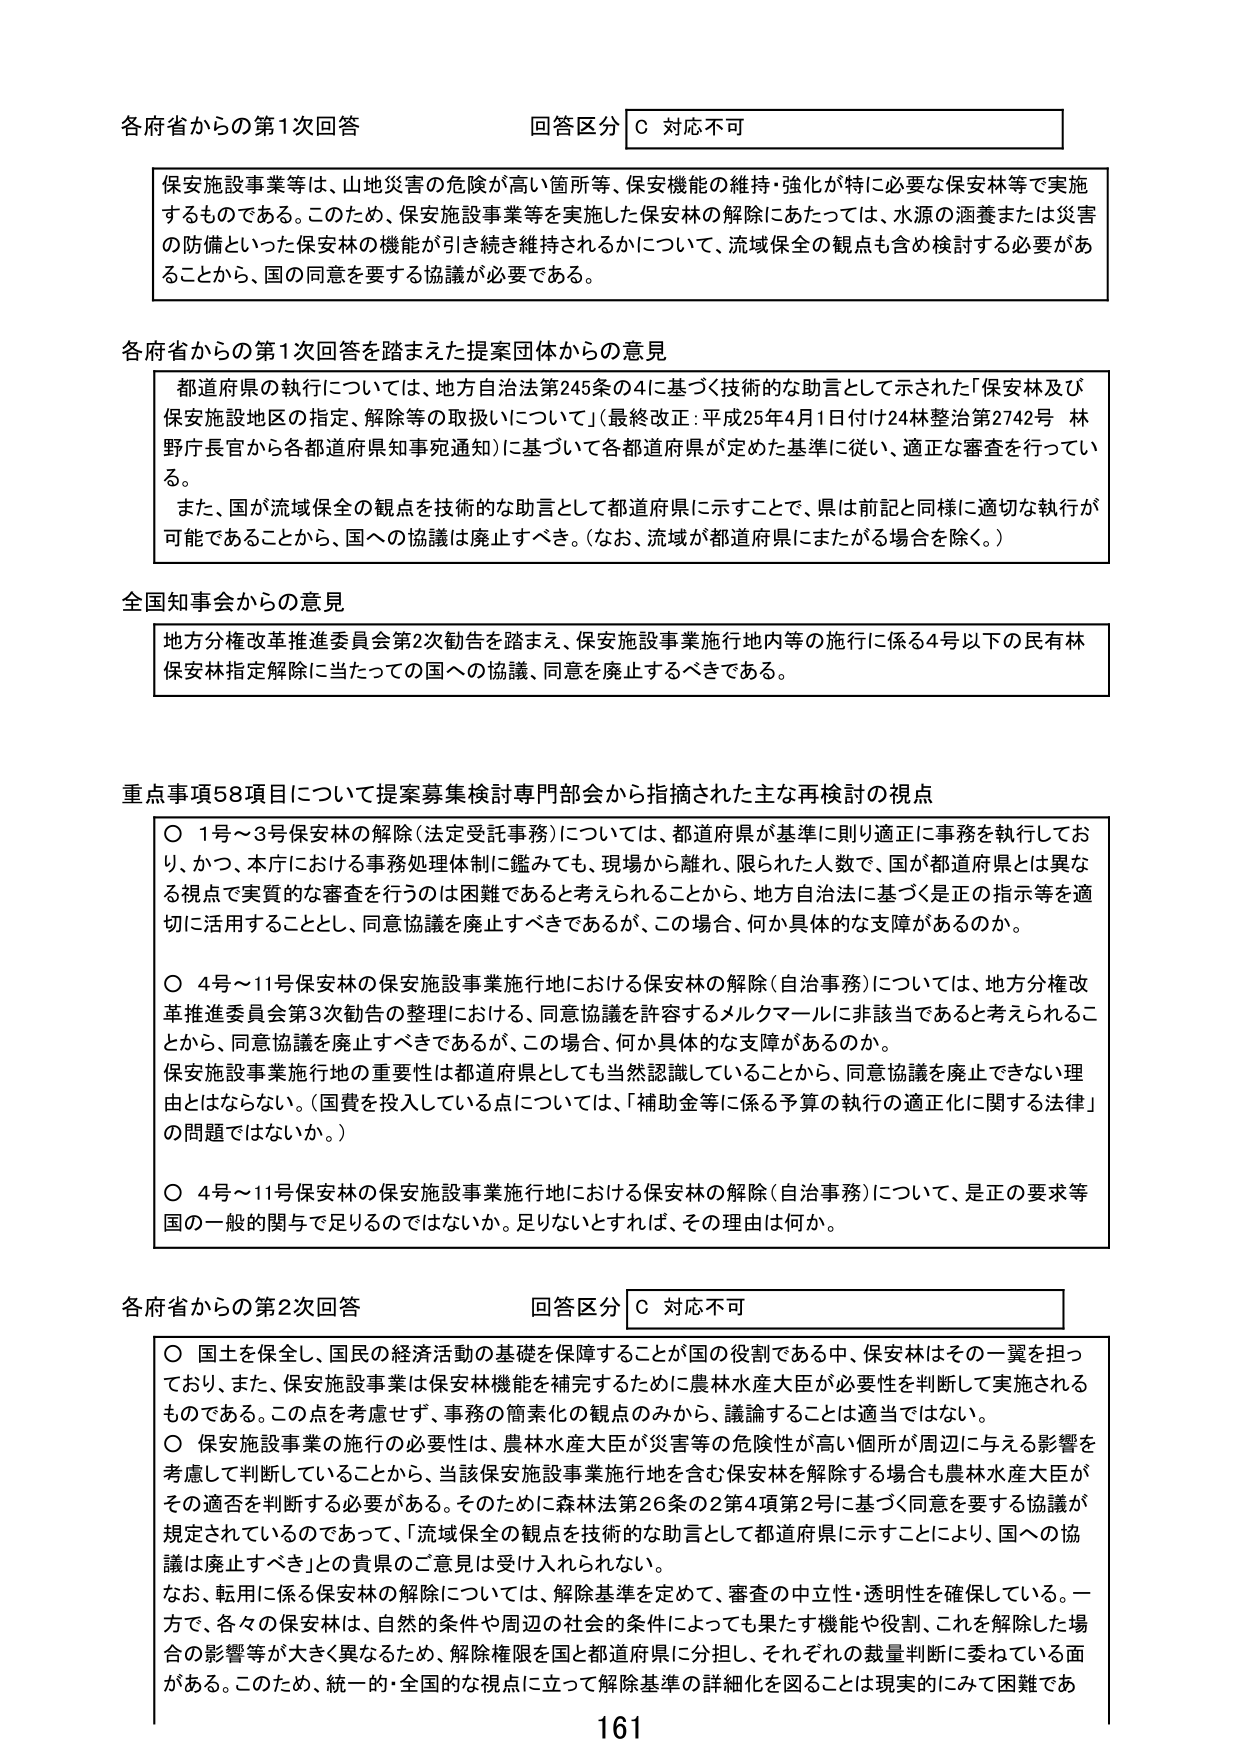
各府省からの第1次回答 回答区分 C 対応不可

保安施設事業等は、山地災害の危険が高い箇所等、保安機能の維持・強化が特に必要な保安林等で実施するものである。このため、保安施設事業等を実施した保安林の解除にあたっては、水源の涵養または災害の防備といった保安林の機能が引き続き維持されるかについて、流域保全の観点も含め検討する必要があることから、国の同意を要する協議が必要である。

各府省からの第1次回答を踏まえた提案団体からの意見

都道府県の執行については、地方自治法第245条の4に基づく技術的な助言として示された「保安林及び保安施設地区の指定、解除等の取扱いについて」（最終改正：平成25年4月1日付け24林整治第2742号 林野庁長官から各都道府県知事宛通知）に基づいて各都道府県が定めた基準に従い、適正な審査を行っている。

また、国が流域保全の観点を技術的な助言として都道府県に示すことで、県は前記と同様に適切な執行が可能であることから、国への協議は廃止すべき。（なお、流域が都道府県にまたがる場合を除く。）

全国知事会からの意見

地方分権改革推進委員会第2次勧告を踏まえ、保安施設事業施行地内等の施行に係る4号以下の民有林保安林指定解除に当たっての国への協議、同意を廃止するべきである。

重点事項58項目について提案募集検討専門部会から指摘された主な再検討の視点

○ 1号～3号保安林の解除（法定受託事務）については、都道府県が基準に則り適正に事務を執行しており、かつ、本庁における事務処理体制に鑑みても、現場から離れ、限られた人数で、国が都道府県とは異なる視点で実質的な審査を行うのは困難であると考えられることから、地方自治法に基づく是正の指示等を適切に活用することとし、同意協議を廃止すべきであるが、この場合、何か具体的な支障があるのか。

○ 4号～11号保安林の保安施設事業施行地における保安林の解除（自治事務）については、地方分権改革推進委員会第3次勧告の整理における、同意協議を許容するメルクマールに非該当であると考えられることから、同意協議を廃止すべきであるが、この場合、何か具体的な支障があるのか。

保安施設事業施行地の重要性は都道府県としても当然認識していることから、同意協議を廃止できない理由とはならない。（国費を投入している点については、「補助金等に係る予算の執行の適正化に関する法律」の問題ではないか。）

○ 4号～11号保安林の保安施設事業施行地における保安林の解除（自治事務）について、是正の要求等国の一般的関与で足りるのではないか。足りないとすれば、その理由は何か。

各府省からの第2次回答 回答区分 C 対応不可

○ 国土を保全し、国民の経済活動の基礎を保障することが国の役割である中、保安林はその一翼を担っており、また、保安施設事業は保安林機能を補完するために農林水産大臣が必要性を判断して実施されるものである。この点を考慮せず、事務の簡素化の観点のみから、議論することは適当ではない。

○ 保安施設事業の施行の必要性は、農林水産大臣が災害等の危険性が高い個所が周辺に与える影響を考慮して判断していることから、当該保安施設事業施行地を含む保安林を解除する場合も農林水産大臣がその適否を判断する必要がある。そのために森林法第26条の2第4項第2号に基づく同意を要する協議が規定されているのであって、「流域保全の観点を技術的な助言として都道府県に示すことにより、国への協議は廃止すべき」との貴県のご意見は受け入れられない。

なお、転用に係る保安林の解除については、解除基準を定めて、審査の中立性・透明性を確保している。一方で、各々の保安林は、自然的条件や周辺の社会的条件によっても果たす機能や役割、これを解除した場合の影響等が大きく異なるため、解除権限を国と都道府県に分担し、それぞれの裁量判断に委ねている面がある。このため、統一的・全国的な視点に立って解除基準の詳細化を図ることは現実的にみて困難であ

161